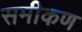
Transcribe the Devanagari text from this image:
समीकण